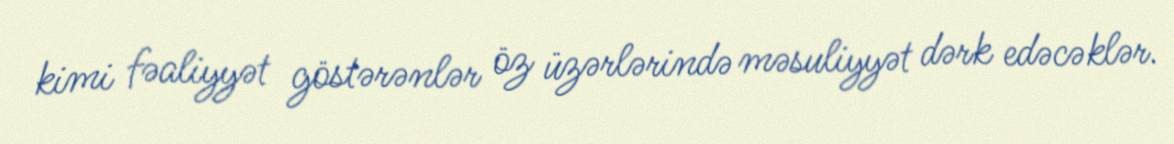
kimi fəaliyyət göstərənlər öz üzərlərində məsuliyyət dərk edəcəklər.